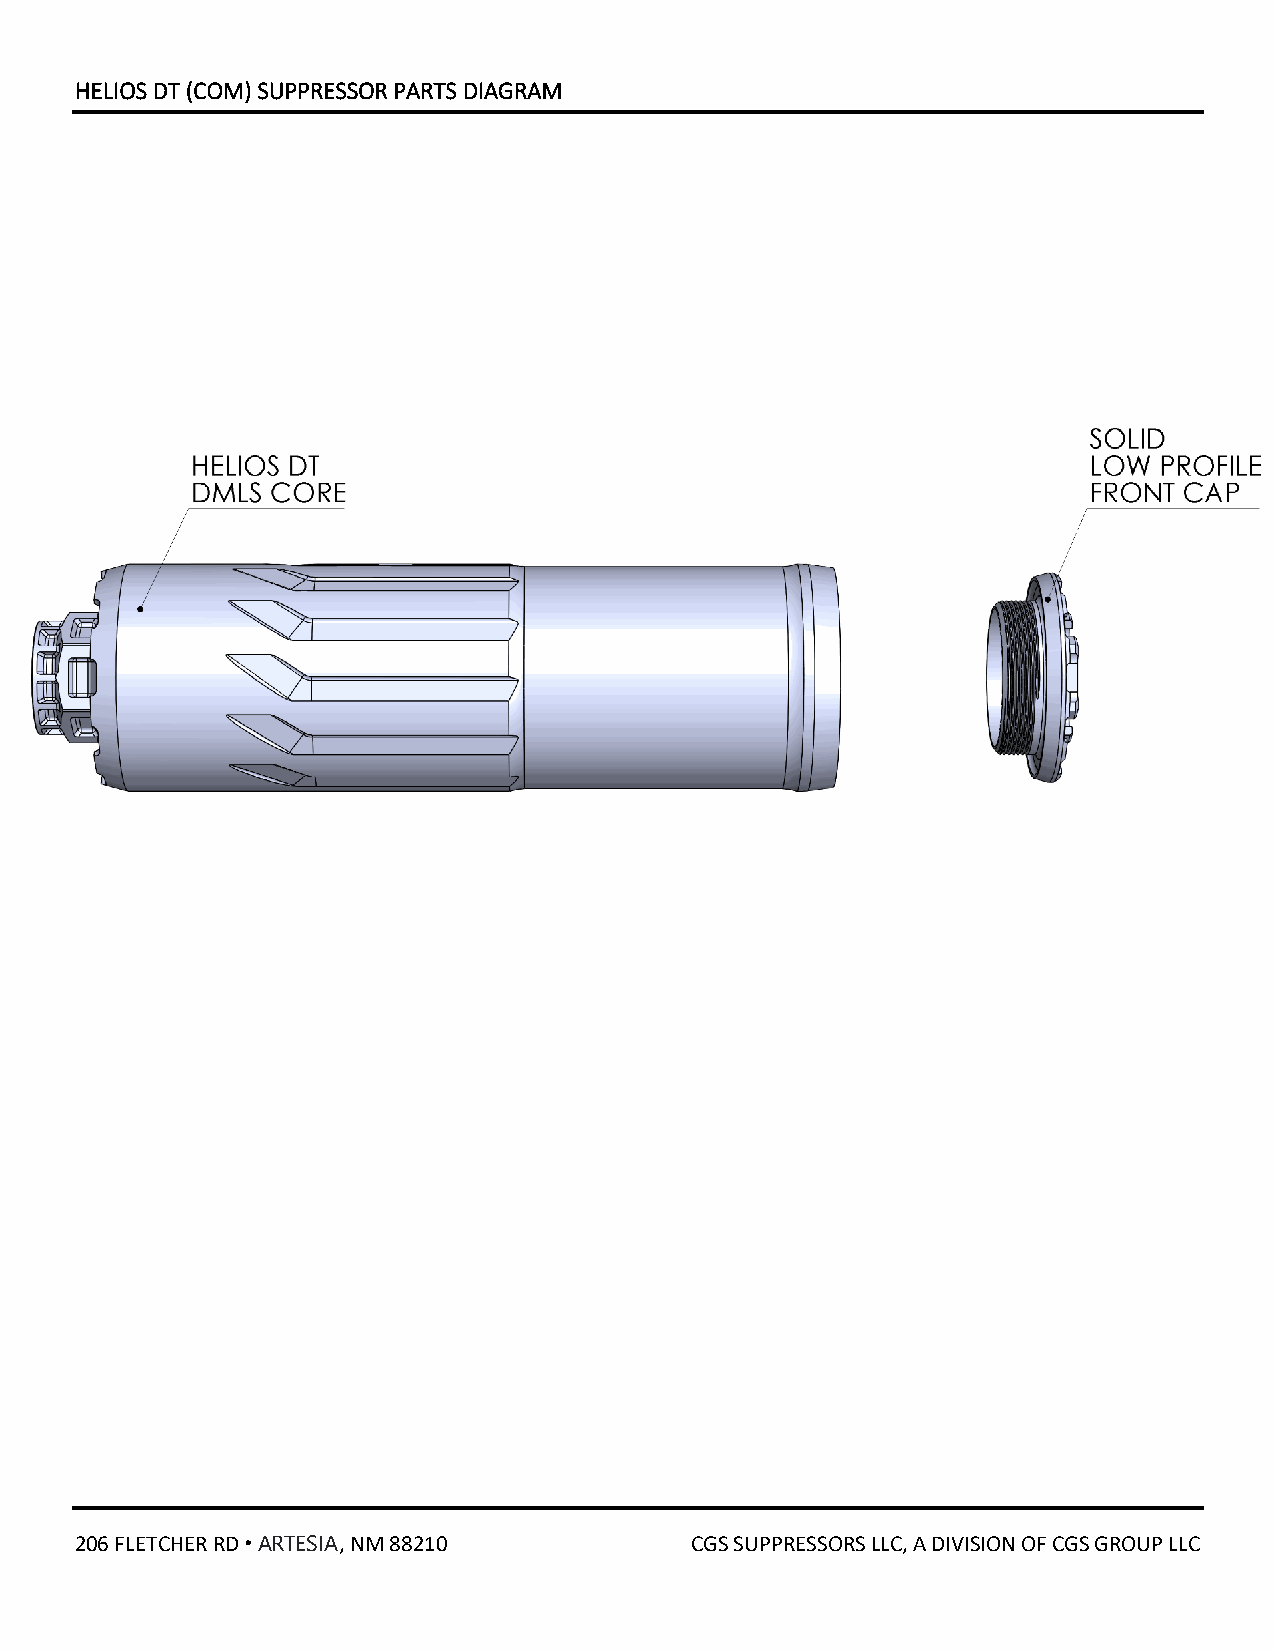
HELIOS DT (COM) SUPPRESSOR PARTS DIAGRAM
 206 FLETCHER RD ᛫ ARTESIA, NM 88210      CGS SUPPRESSORS LLC, A DIVISION OF CGS GROUP LLC